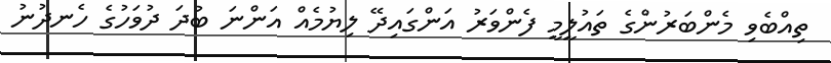
ތިއްބެވި މެންބަރުންގެ ތައުލީމީ ފެންވަރު އަންގައިދޭ ލިޔުމެއް އަންނަ ބުދަ ދުވަހުގެ ހެނދުނު